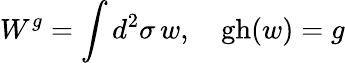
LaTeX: W^{g}=\int d^{2}\sigma\, w,\quad\mathrm{gh}(w)=g